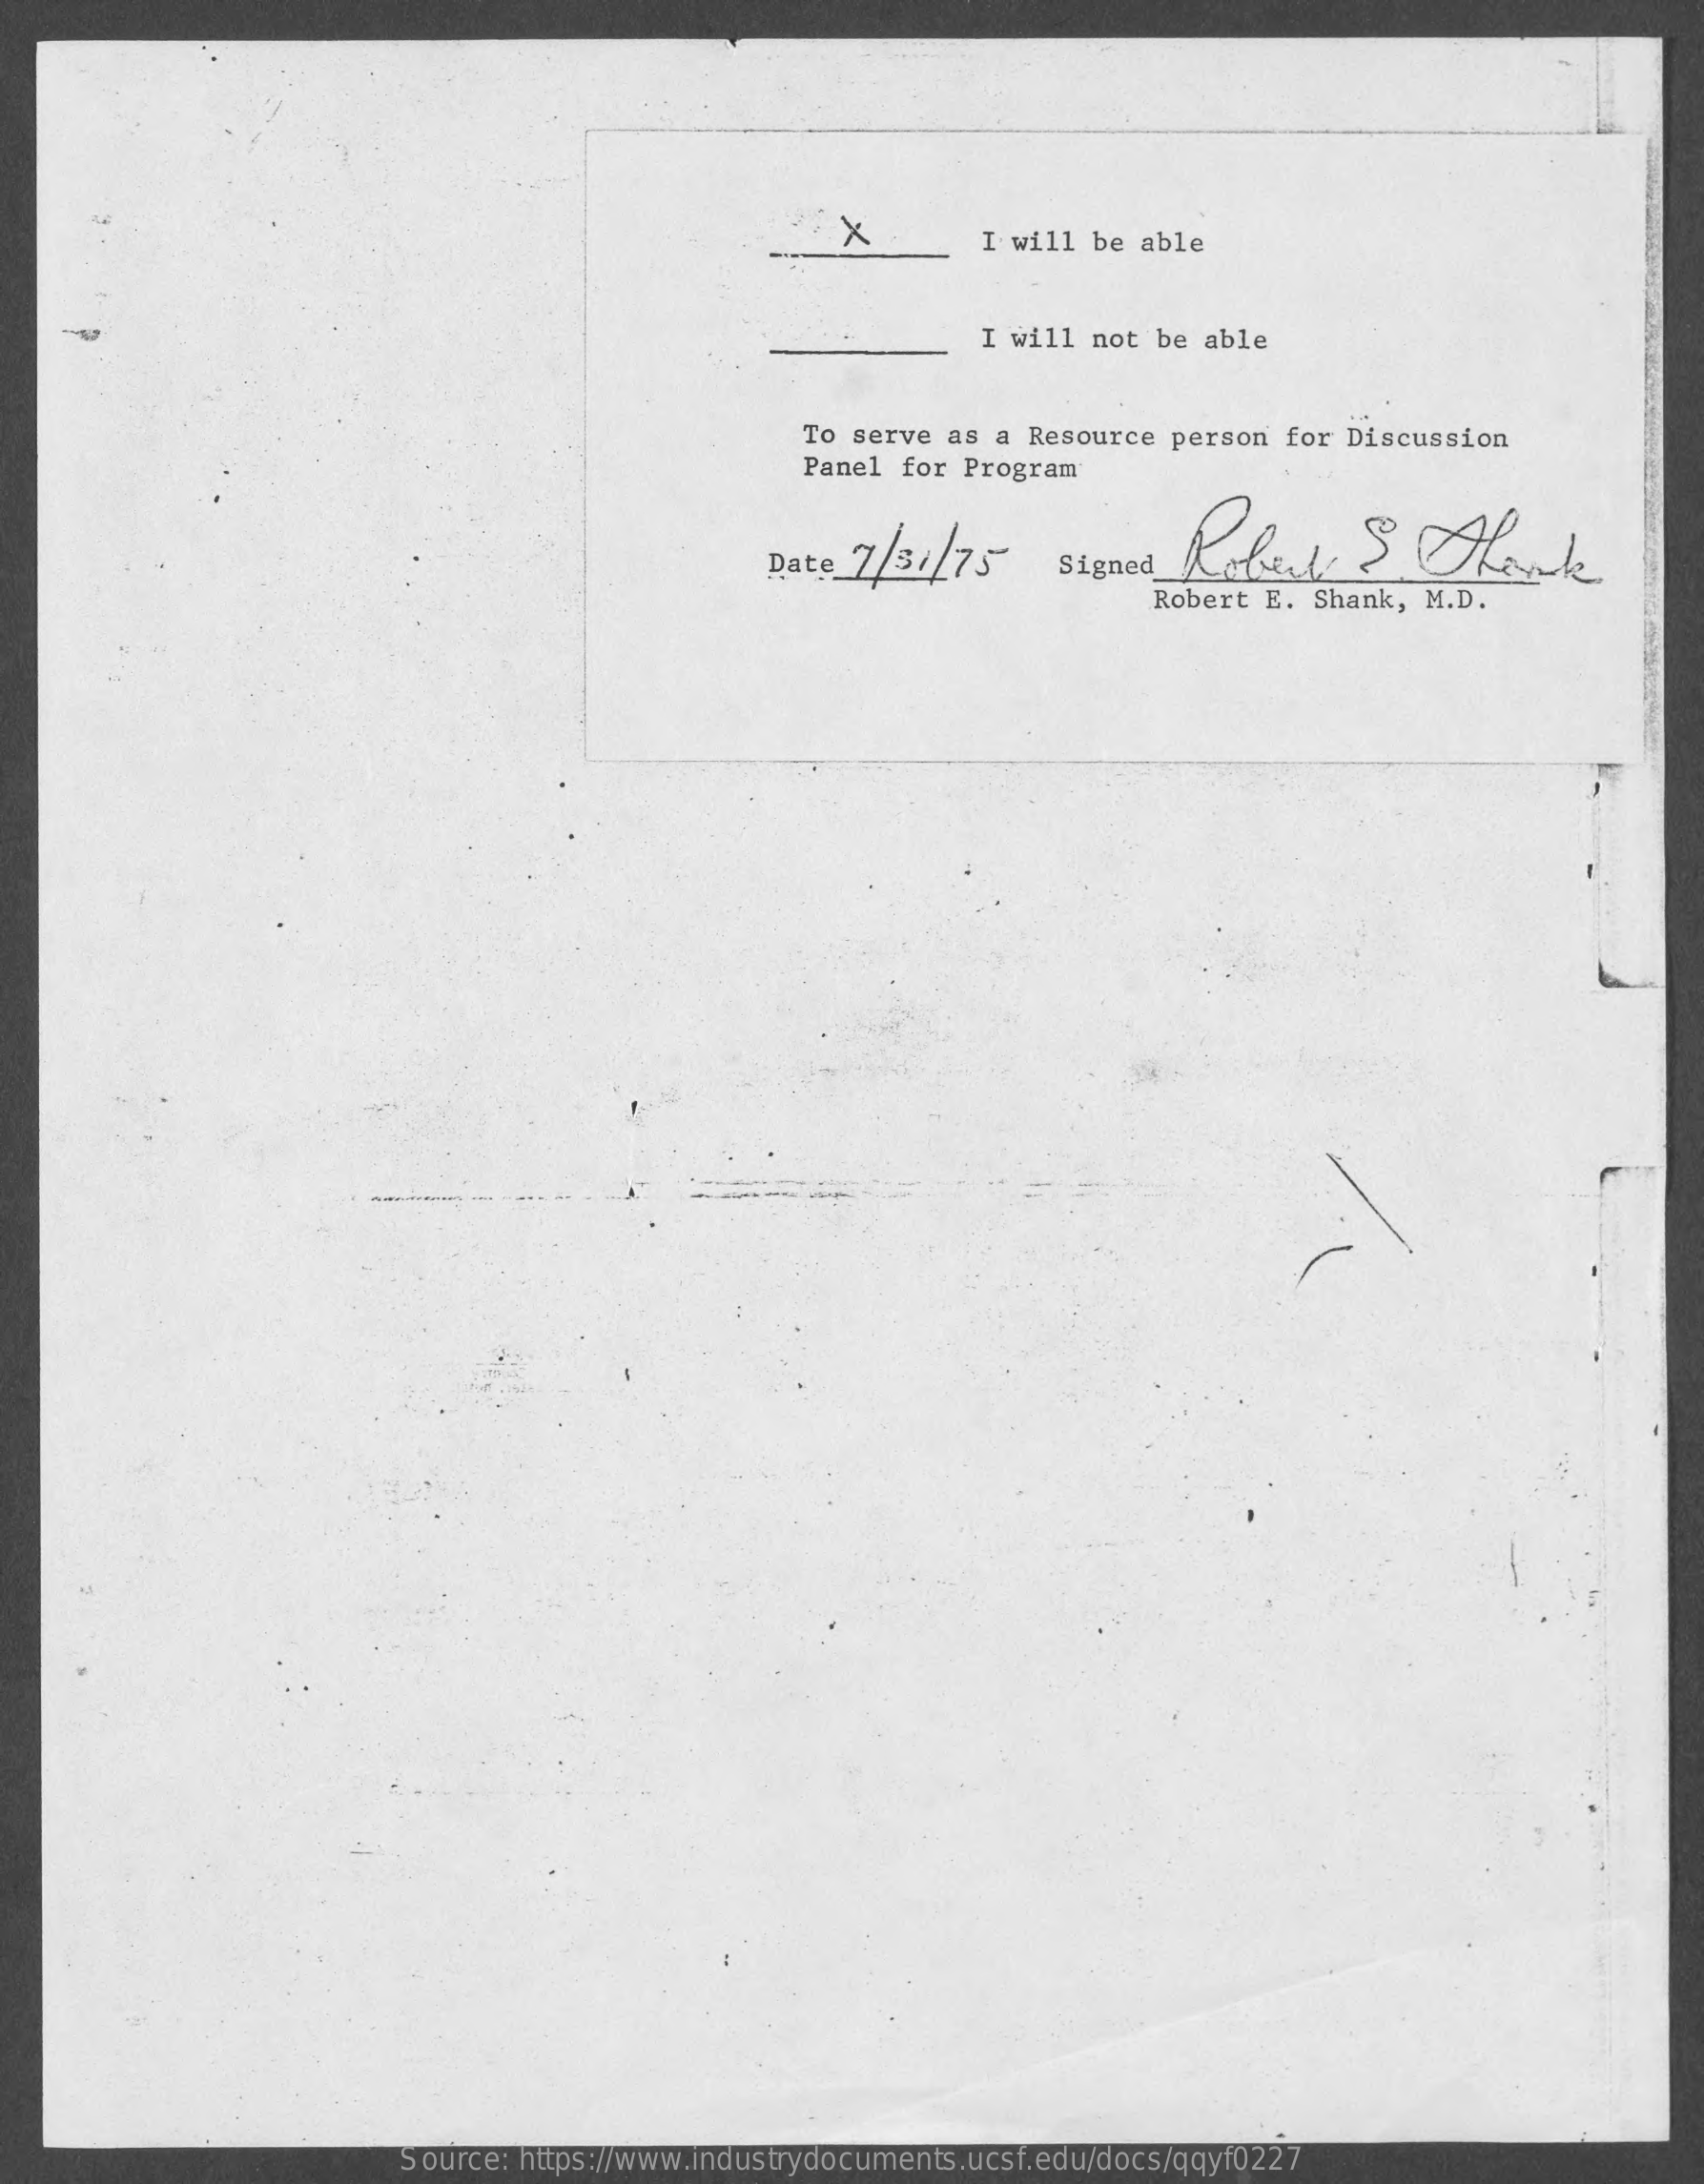
X    I will be able
     I will not be able
     To serve as a Resource  person for Discussion
     Panel for Program
     1/31/75    Robert    S   Thank Signed
     Robert E. Shank, M.D.
     Source: https://www.industrydocuments.ucsf.edu/docs/qqyf0227